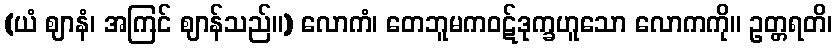
(ယံ ဈာနံ၊ အကြင် ဈာန်သည်။) လောကံ၊ တေဘူမကဝဋ်ဒုက္ခဟူသော လောကကို။ ဥတ္တရတိ၊